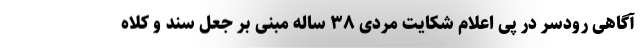
آگاهی رودسر در پی اعلام شکایت مردی ۳۸ ساله مبنی بر جعل سند و کلاه